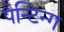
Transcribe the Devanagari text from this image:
पैन्टिन्ग